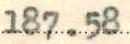
187.58